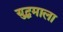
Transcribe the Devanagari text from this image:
युद्धमाला